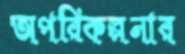
অপরিকল্পনার